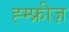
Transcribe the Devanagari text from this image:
ह्म्फ्रीज़